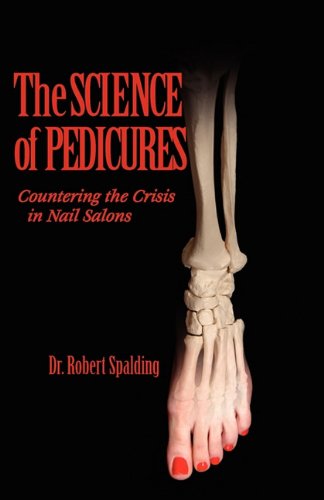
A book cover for The Science of Pedicures: Countering the Crisis in Nail Salons; Robert T. Spalding; Medical Books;